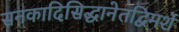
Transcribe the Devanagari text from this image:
सनकादिसिद्धानेतद्विमर्शे